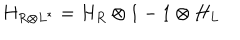
LaTeX: H _ { R \otimes L ^ { * } } = H _ { R } \otimes 1 - 1 \otimes H _ { L }